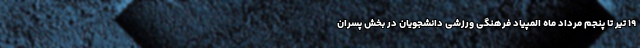
۱۹ تیر تا پنجم مرداد ماه المپیاد فرهنگی ورزشی دانشجویان در بخش پسران